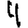
Digit: 4